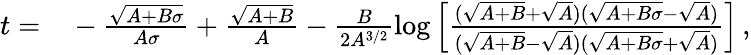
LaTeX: \begin{array}{rl}{t=}&{{}-\frac{\sqrt{A+B\sigma}}{A\sigma}+\frac{\sqrt{A+B}}{A}-\frac{B}{2A^{3/2}}\log\left[\frac{(\sqrt{A+B}+\sqrt{A})(\sqrt{A+B\sigma}-\sqrt{A})}{(\sqrt{A+B}-\sqrt{A})(\sqrt{A+B\sigma}+\sqrt{A})}\right]\, ,}\end{array}